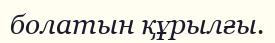
болатын құрылғы.